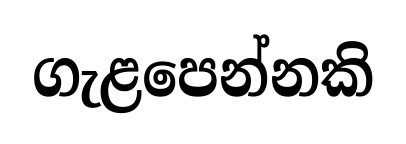
ගැළපෙන්නකි